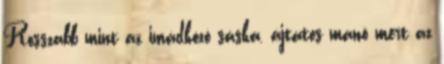
Rosszabb mint az imádkozó sáska, ájtatos manó mert az